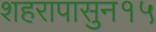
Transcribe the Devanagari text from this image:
शहरापासुन१५